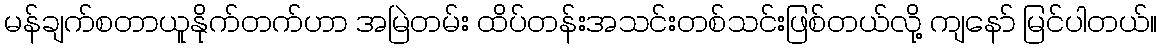
မန်ချက်စတာယူနိုက်တက်ဟာ အမြဲတမ်း ထိပ်တန်းအသင်းတစ်သင်းဖြစ်တယ်လို့ ကျနော် မြင်ပါတယ်။